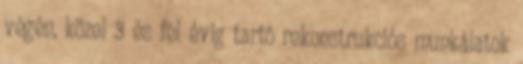
végén, közel 3 és fél évig tartó rekonstrukciós munkálatok